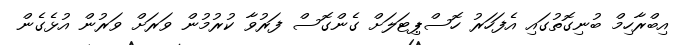
އިބްރާހިމް ބުނިގޮތުގައި އެފަހަރު ހޮސްޕިޓަލަށް ގެންގޮސް ފަރުވާ ކުރުމުން ވަރަށް ވަރުން އުޅެގެން